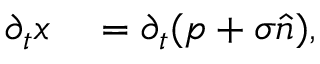
\begin{array} { r l } { \partial _ { t } x } & { { } = \partial _ { t } ( p + \sigma \widehat { n } ) , } \end{array}